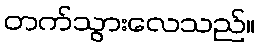
တက်သွားလေသည်။